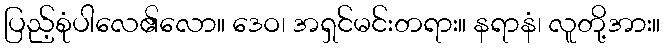
ပြည့်စုံပါလေ၏လော။ ဒေဝ၊ အရှင်မင်းတရား။ နရာနံ၊ လူတို့အား။